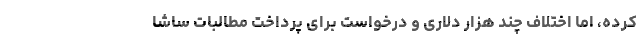
کرده، اما اختلاف چند هزار دلاری و درخواست برای پرداخت مطالبات ساشا